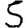
Digit: 5